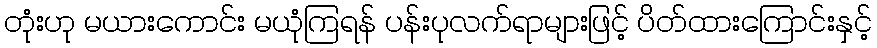
တုံးဟု မယားကောင်း မယုံကြရန် ပန်းပုလက်ရာများဖြင့် ပိတ်ထားကြောင်းနှင့်